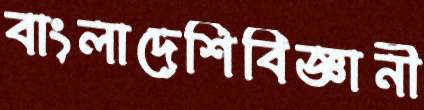
বাংলাদেশিবিজ্ঞানী